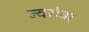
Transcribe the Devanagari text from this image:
ज्वरांवर